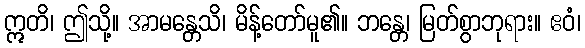
ဣတိ၊ ဤသို့။ အာမန္တေသိ၊ မိန့်တော်မူ၏။ ဘန္တေ၊ မြတ်စွာဘုရား။ ဧဝံ၊